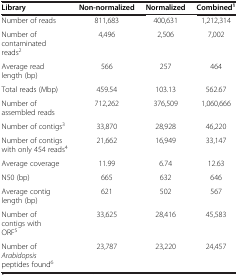
| Library | Non-normalized | Normalized | Combined1 |
 | --- | --- | --- | --- |
 | Number of reads | 811,683 | 400,631 | 1,212,314 |
 | Number of contaminated reads2 | 4,496 | 2,506 | 7,002 |
 | Average read length (bp) | 566 | 257 | 464 |
 | Total reads (Mbp) | 459.54 | 103.13 | 562.67 |
 | Number of assembled reads | 712,262 | 376,509 | 1,060,666 |
 | Number of contigs3 | 33,870 | 28,928 | 46,220 |
 | Number of contigs with only 454 reads4 | 21,662 | 16,949 | 33,147 |
 | Average coverage | 11.99 | 6.74 | 12.63 |
 | N50 (bp) | 665 | 632 | 646 |
 | Average contig length (bp) | 621 | 502 | 567 |
 | Number of contigs with ORF5 | 33,625 | 28,416 | 45,583 |
 | Number of Arabidopsis peptides found6 | 23,787 | 23,220 | 24,457 |